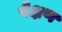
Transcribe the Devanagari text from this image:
पेक्षण